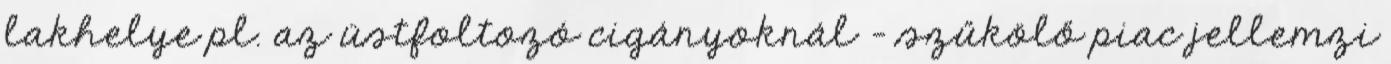
lakhelye pl. az üstfoltozó cigányoknál - szűkölő piac jellemzi